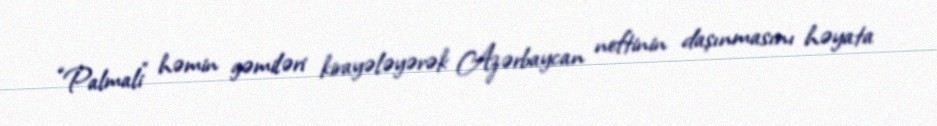
“Palmali” həmin gəmiləri kirayələyərək Azərbaycan neftinin daşınmasını həyata